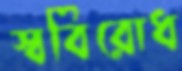
স্ববিরোধ